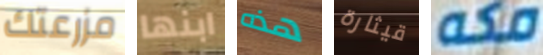
مزرعتك ابنها هذه قيثارة مكه